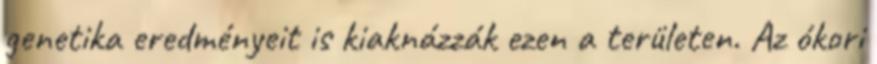
genetika eredményeit is kiaknázzák ezen a területen. Az ókori